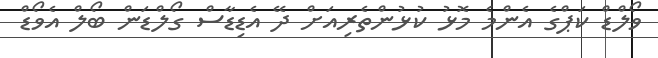
ވޯލްޑް ކަޕްގެ އެންމެ މޮޅު ކުޅުންތެރިއަށް ދޭ އެޑިޑާސް ގޯލްޑަން ބޯލް އެވޯޑް